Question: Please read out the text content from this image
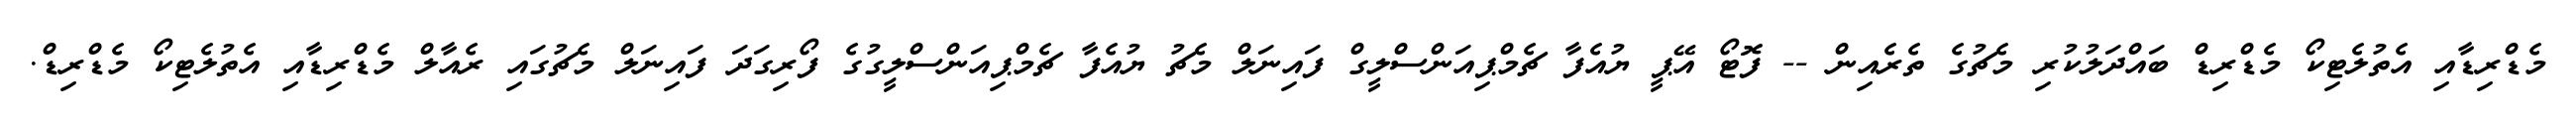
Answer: މެޑްރިޑާއި އެތުލެޓިކޯ މެޑްރިޑް ބައްދަލުކުރި މެޗުގެ ތެރެއިން -- ފޮޓޯ އޭޕީ ޔުއެފާ ޗެމްޕިއަންސްލީގް ފައިނަލް މެޗު ޔުއެފާ ޗެމްޕިއަންސްލީގުގެ ފޯރިގަދަ ފައިނަލް މެޗުގައި ރެއާލް މެޑްރިޑާއި އެތުލެޓިކޯ މެޑްރިޑް.